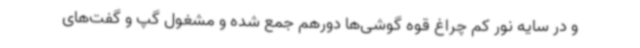
و در سایه نور کم چراغ قوه گوشی‌ها دورهم جمع شده و مشغول گپ و گفت‌های